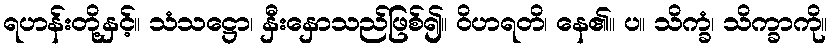
ရဟန်းတို့နှင့်။ သံသဋ္ဌော၊ နှီးနှောသည်ဖြစ်၍။ ဝိဟရတိ၊ နေ၏။ ပ။ သိက္ခံ၊ သိက္ခာကို။